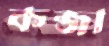
কব্জা